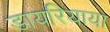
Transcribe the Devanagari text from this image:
डायरियाया